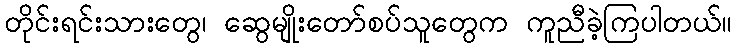
တိုင်းရင်းသားတွေ၊ ဆွေမျိုးတော်စပ်သူတွေက ကူညီခဲ့ကြပါတယ်။